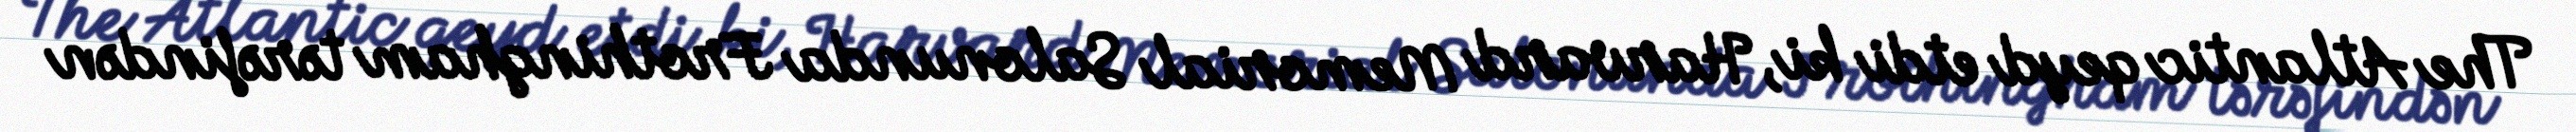
The Atlantic qeyd etdi ki, Harvard Memorial Salonunda Frothingham tərəfindən